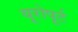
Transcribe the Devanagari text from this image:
यूरोपूर्ट